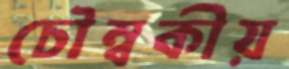
চৌম্বকীয়